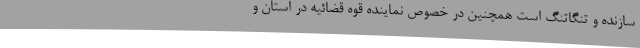
سازنده و تنگاتنگ است همچنین در خصوص نماینده قوه قضائیه در استان و